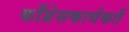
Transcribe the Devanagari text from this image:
काँग्रेसकार्यकर्ते